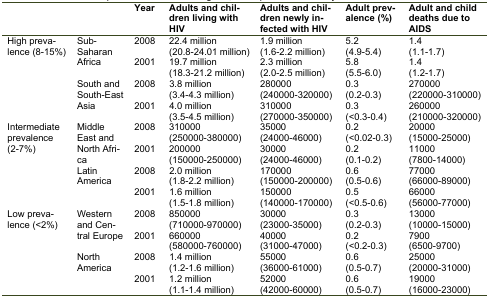
<table><thead><tr><td colspan="2"><b></b></td><td><b>Year</b></td><td><b>Adults and children living with HIV</b></td><td><b>Adults and children newly infected with HIV</b></td><td><b>Adult prevalence (%)</b></td><td><b>Adult and child deaths due to AIDS</b></td></tr></thead><tbody><tr><td rowspan="4">High prevalence (8-15%)</td><td rowspan="2">Sub-Saharan Africa</td><td>2008</td><td>22.4 million (20.8-24.01 million)</td><td>1.9 million (1.6-2.2 million)</td><td>5.2 (4.9-5.4)</td><td>1.4 (1.1-1.7)</td></tr><tr><td>2001</td><td>19.7 million (18.3-21.2 million)</td><td>2.3 million (2.0-2.5 million)</td><td>5.8 (5.5-6.0)</td><td>1.4 (1.2-1.7)</td></tr><tr><td rowspan="2">South and South-East Asia</td><td>2008</td><td>3.8 million (3.4-4.3 million)</td><td>280000 (240000-320000)</td><td>0.3 (0.2-0.3)</td><td>270000 (220000-310000)</td></tr><tr><td>2001</td><td>4.0 million (3.5-4.5 million)</td><td>310000 (270000-350000)</td><td>0.3 (&lt;0.3-0.4)</td><td>260000 (210000-320000)</td></tr><tr><td rowspan="4">Intermediate prevalence (2-7%)</td><td rowspan="2">Middle East and North Africa</td><td>2008</td><td>310000 (250000-380000)</td><td>35000 (24000-46000)</td><td>0.2 (&lt;0.02-0.3)</td><td>20000 (15000-25000)</td></tr><tr><td>2001</td><td>200000 (150000-250000)</td><td>30000 (24000-46000)</td><td>0.2 (0.1-0.2)</td><td>11000 (7800-14000)</td></tr><tr><td rowspan="2">Latin America</td><td>2008</td><td>2.0 million (1.8-2.2 million)</td><td>170000 (150000-200000)</td><td>0.6 (0.5-0.6)</td><td>77000 (66000-89000)</td></tr><tr><td>2001</td><td>1.6 million (1.5-1.8 million)</td><td>150000 (140000-170000)</td><td>0.5 (&lt;0.5-0.6)</td><td>66000 (56000-77000)</td></tr><tr><td rowspan="4">Low prevalence (&lt;2%)</td><td rowspan="2">Western and Central Europe</td><td>2008</td><td>850000 (710000-970000)</td><td>30000 (23000-35000)</td><td>0.3 (0.2-0.3)</td><td>13000 (10000-15000)</td></tr><tr><td>2001</td><td>660000 (580000-760000)</td><td>40000 (31000-47000)</td><td>0.2 (&lt;0.2-0.3)</td><td>7900 (6500-9700)</td></tr><tr><td rowspan="2">North America</td><td>2008</td><td>1.4 million (1.2-1.6 million)</td><td>55000 (36000-61000)</td><td>0.6 (0.5-0.7)</td><td>25000 (20000-31000)</td></tr><tr><td>2001</td><td>1.2 million (1.1-1.4 million)</td><td>52000 (42000-60000)</td><td>0.6 (0.5-0.7)</td><td>19000 (16000-23000)</td></tr></tbody></table>